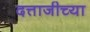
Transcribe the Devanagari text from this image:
दत्ताजीच्या